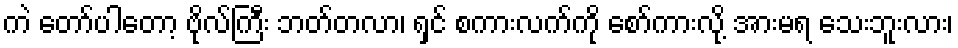
ကဲ တော်ပါတော့ ဗိုလ်ကြီး ဘတ်တလာ၊ ရှင် စကားလက်ကို စော်ကားလို့ အားမရ သေးဘူးလား၊